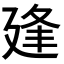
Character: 𢌢